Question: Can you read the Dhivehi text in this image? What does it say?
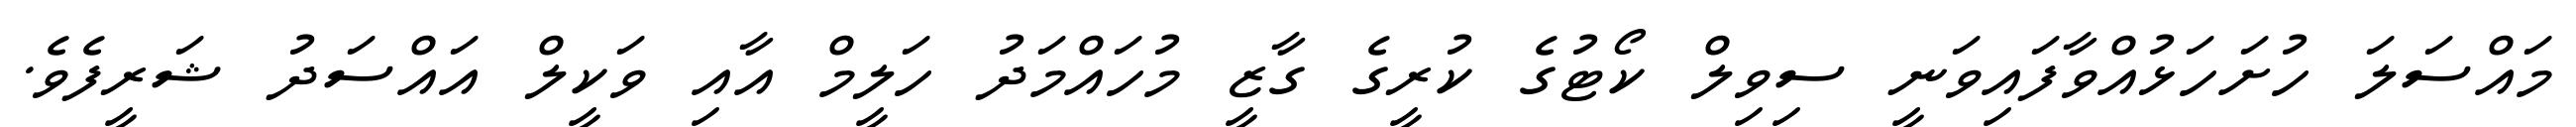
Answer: މައްސަލަ ހުށަހަޅުއްވާފައިވަނީ ސިވިލް ކޯޓުގެ ކުރީގެ ގާޒީ މުހައްމަދު ހަލީމް އާއި ވަކީލް އައްސަދު ޝަރީފެވެ.